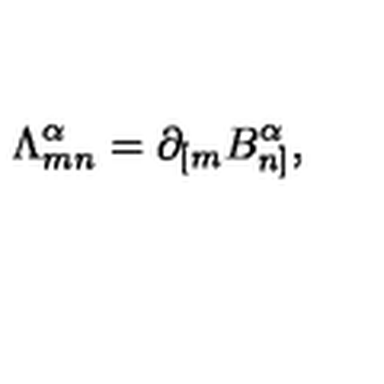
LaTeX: { \Lambda } _ { m n } ^ { \alpha } = \partial _ { [ m } B _ { n ] } ^ { \alpha } ,